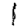
Digit: 1